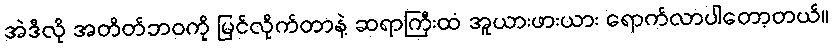
အဲဒီလို အတိတ်ဘဝကို မြင်လိုက်တာနဲ့ ဆရာကြီးထံ အူယားဖားယား ရောက်လာပါတော့တယ်။